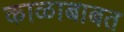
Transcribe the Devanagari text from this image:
काळाबाबत